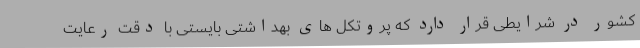
کشور در شرایطی قرار دارد که پروتکل های بهداشتی بایستی با دقت رعایت